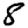
Digit: 8